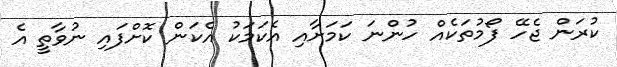
ކުރަން ޖެހޭ ފޯމުތަކެއް ހުންނަ ކަމަށާއި އެކަމަކު އެކަން ކޮށްފައި ނުވާތީ އެ